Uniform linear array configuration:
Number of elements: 16
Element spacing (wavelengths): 0.25
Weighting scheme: binomial
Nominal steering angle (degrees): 15
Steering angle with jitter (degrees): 15.878
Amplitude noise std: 0.05
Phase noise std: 0.05

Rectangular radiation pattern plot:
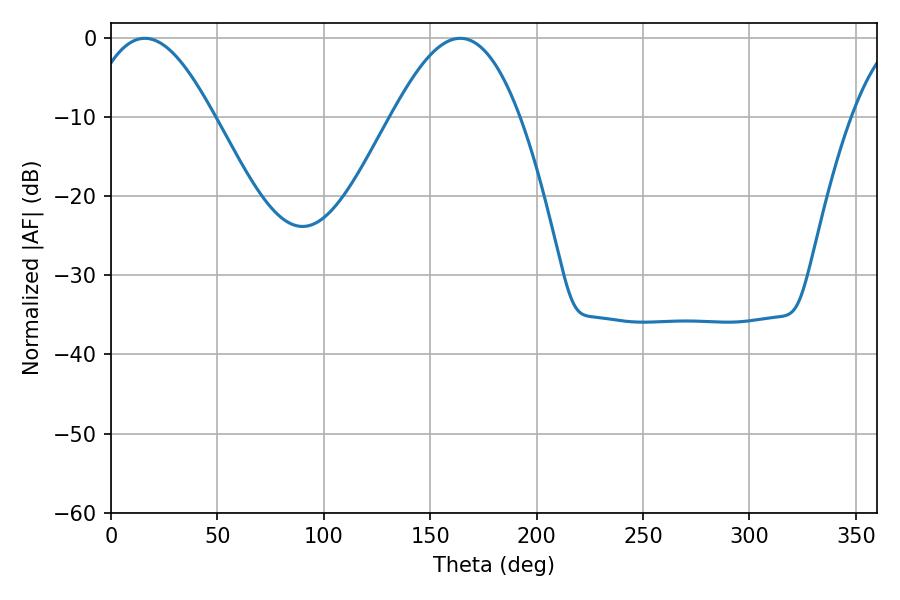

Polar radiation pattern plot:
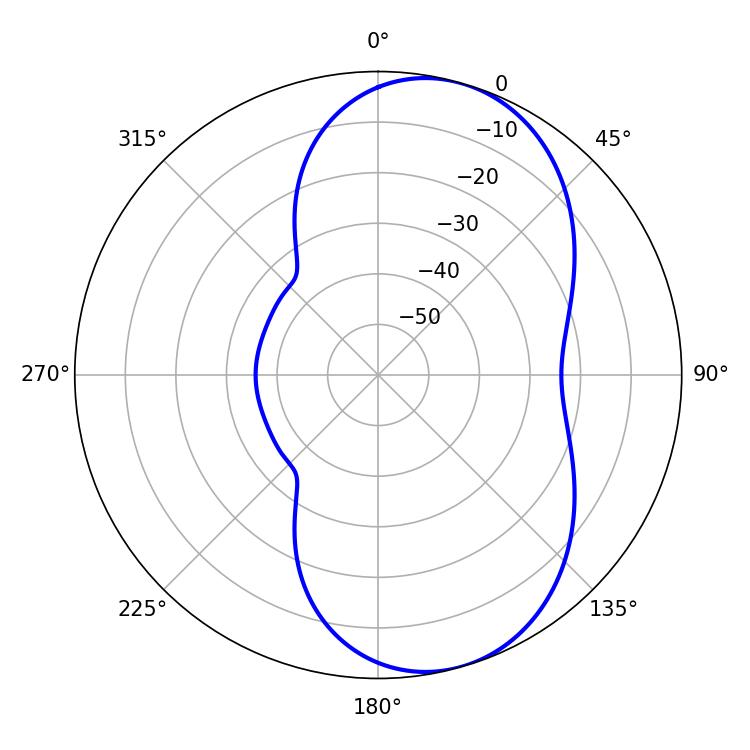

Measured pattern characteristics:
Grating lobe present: FALSE
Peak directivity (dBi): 7.383
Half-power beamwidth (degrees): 32.4
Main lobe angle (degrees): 15.84